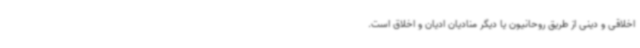
اخلاقی و دینی از طریق روحانیون یا دیگر منادیان ادیان و اخلاق است.